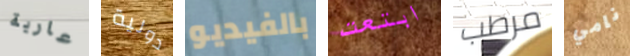
عارية دولية بالفيديو ابتعت مرطب نامي